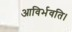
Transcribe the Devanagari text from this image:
आविर्भवति।